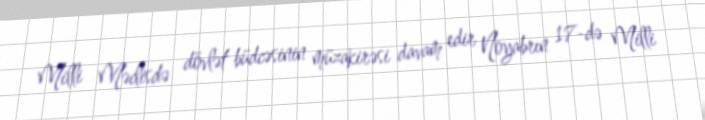
Milli Məclisdə dövlət büdcəsinin müzakirəsi davam edir Noyabrın 17-də Milli